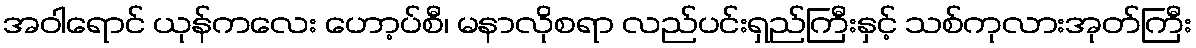
အဝါရောင် ယုန်ကလေး ဟော့ပ်စီ၊ မနာလိုစရာ လည်ပင်းရှည်ကြီးနှင့် သစ်ကုလားအုတ်ကြီး